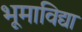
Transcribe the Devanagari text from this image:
भूमाविद्या